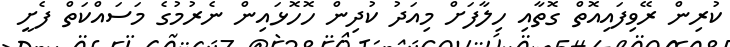
ކުރިން ރޭވިފައިއޮތް ގޮތާއި ހިލާފަށް މިއަދު ކުދިން ހޮހޮޅައިން ނެރުމުގެ މަސައްކަތް ފެށީ